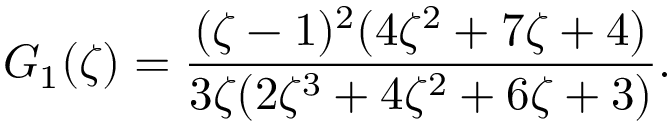
G _ { 1 } ( \zeta ) = \frac { ( \zeta - 1 ) ^ { 2 } ( 4 \zeta ^ { 2 } + 7 \zeta + 4 ) } { 3 \zeta ( 2 \zeta ^ { 3 } + 4 \zeta ^ { 2 } + 6 \zeta + 3 ) } .